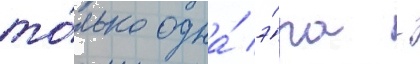
то́лько одна́ э́ра -